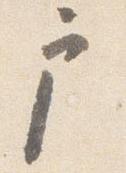
戸